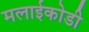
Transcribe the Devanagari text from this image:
मलाईकोडी